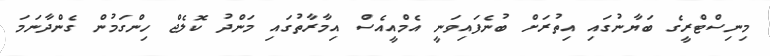
މިނިސްޓްރީގެ ބަޔާނުގައި އިތުރަށް ބުނެފައިވަނީ އެމްއީއެސް އިމާރާތުގައި މަންދު ކޮލެޖް ހިންގަމުން ގެންދާނަމަ